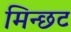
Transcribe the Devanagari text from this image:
मिन्छट